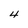
Character: 4